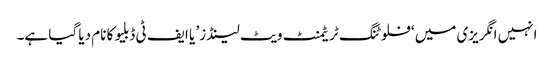
انہیں انگریزی میں ‘فلوٹنگ ٹریٹمنٹ ویٹ لینڈز’ یا ایف ٹی ڈبلیو کا نام دیا گیا ہے۔